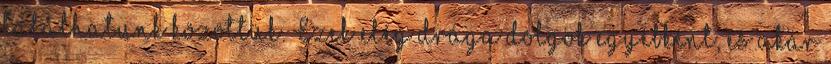
találhatunk közöttük. Ezek elég drága dolgok egyébként, és akár